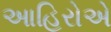
આહિરોએ